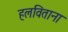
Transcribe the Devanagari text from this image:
हलविताना